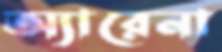
অ্যারেনা